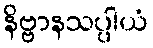
နိဗ္ဗာနသပ္ပါယံ